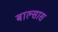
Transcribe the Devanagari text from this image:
बाल्सास